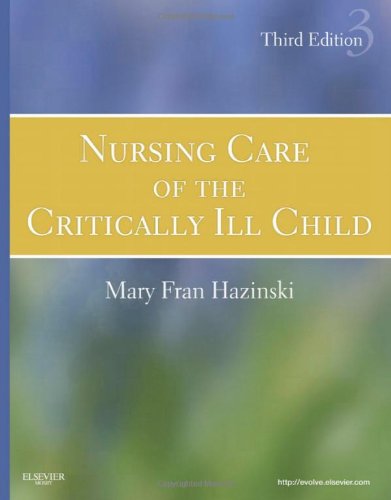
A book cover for Nursing Care of the Critically Ill Child, 3e (Hazinski, Nursing Care of the Critically Ill Child); Mary Fran Hazinski RN  MSN  FAAN  FAHA  FERC; Medical Books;